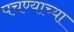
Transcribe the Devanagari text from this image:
पचण्याच्या